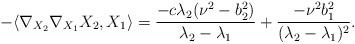
LaTeX: \begin{align*}-\langle\nabla_{X_{2}}\nabla_{X_{1}}X_{2},X_{1}\rangle=\displaystyle\frac{-c\lambda_{2}(\nu^{2}-b_{2}^{2})}{\lambda_{2}-\lambda_{1}}+\displaystyle\frac{-\nu^{2}b_{1}^{2}}{(\lambda_{2}-\lambda_{1})^{2}}.\end{align*}